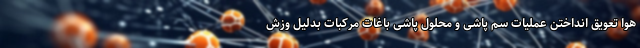
هوا تعویق انداختن عملیات سم پاشی و محلول پاشی باغات مرکبات بدلیل وزش